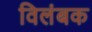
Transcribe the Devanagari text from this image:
विलंबक